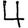
Digit: 4